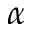
\alpha